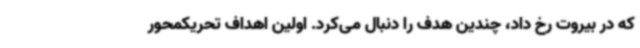
که در بیروت رخ داد، چندین هدف را دنبال می‌کرد. اولین اهداف تحریکمحور